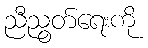
ညီညွတ်ရေးကို